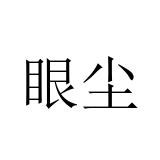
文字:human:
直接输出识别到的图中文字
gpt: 眼尘